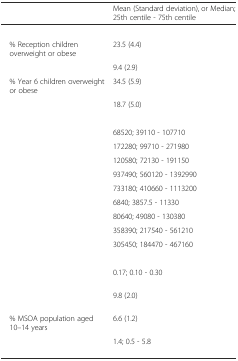
<table><thead><tr><td>[EMPTY_CELL]</td><td><b>Mean (Standard deviation), or Median; 25th centile - 75th centile</b></td></tr></thead><tbody><tr><td>[EMPTY_CELL]</td><td>[EMPTY_CELL]</td></tr><tr><td> % Reception children overweight or obese</td><td>23.5 (4.4)</td></tr><tr><td>[EMPTY_CELL]</td><td>9.4 (2.9)</td></tr><tr><td> % Year 6 children overweight or obese</td><td>34.5 (5.9)</td></tr><tr><td>[EMPTY_CELL]</td><td>18.7 (5.0)</td></tr><tr><td>[EMPTY_CELL]</td><td>[EMPTY_CELL]</td></tr><tr><td>[EMPTY_CELL]</td><td>68520; 39110 - 107710</td></tr><tr><td>[EMPTY_CELL]</td><td>172280; 99710 - 271980</td></tr><tr><td>[EMPTY_CELL]</td><td>120580; 72130 - 191150</td></tr><tr><td>[EMPTY_CELL]</td><td>937490; 560120 - 1392990</td></tr><tr><td>[EMPTY_CELL]</td><td>733180; 410660 - 1113200</td></tr><tr><td>[EMPTY_CELL]</td><td>6840; 3857.5 - 11330</td></tr><tr><td>[EMPTY_CELL]</td><td>80640; 49080 - 130380</td></tr><tr><td>[EMPTY_CELL]</td><td>358390; 217540 - 561210</td></tr><tr><td>[EMPTY_CELL]</td><td>305450; 184470 - 467160</td></tr><tr><td>[EMPTY_CELL]</td><td>[EMPTY_CELL]</td></tr><tr><td>[EMPTY_CELL]</td><td>0.17; 0.10 - 0.30</td></tr><tr><td>[EMPTY_CELL]</td><td>9.8 (2.0)</td></tr><tr><td> % MSOA population aged 10–14 years</td><td>6.6 (1.2)</td></tr><tr><td>[EMPTY_CELL]</td><td>1.4; 0.5 - 5.8</td></tr></tbody></table>